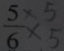
\frac { 5 } { 6 } \times 5